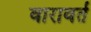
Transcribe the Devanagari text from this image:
वारावर्त